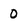
Character: 0